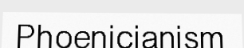
Phoenicianism